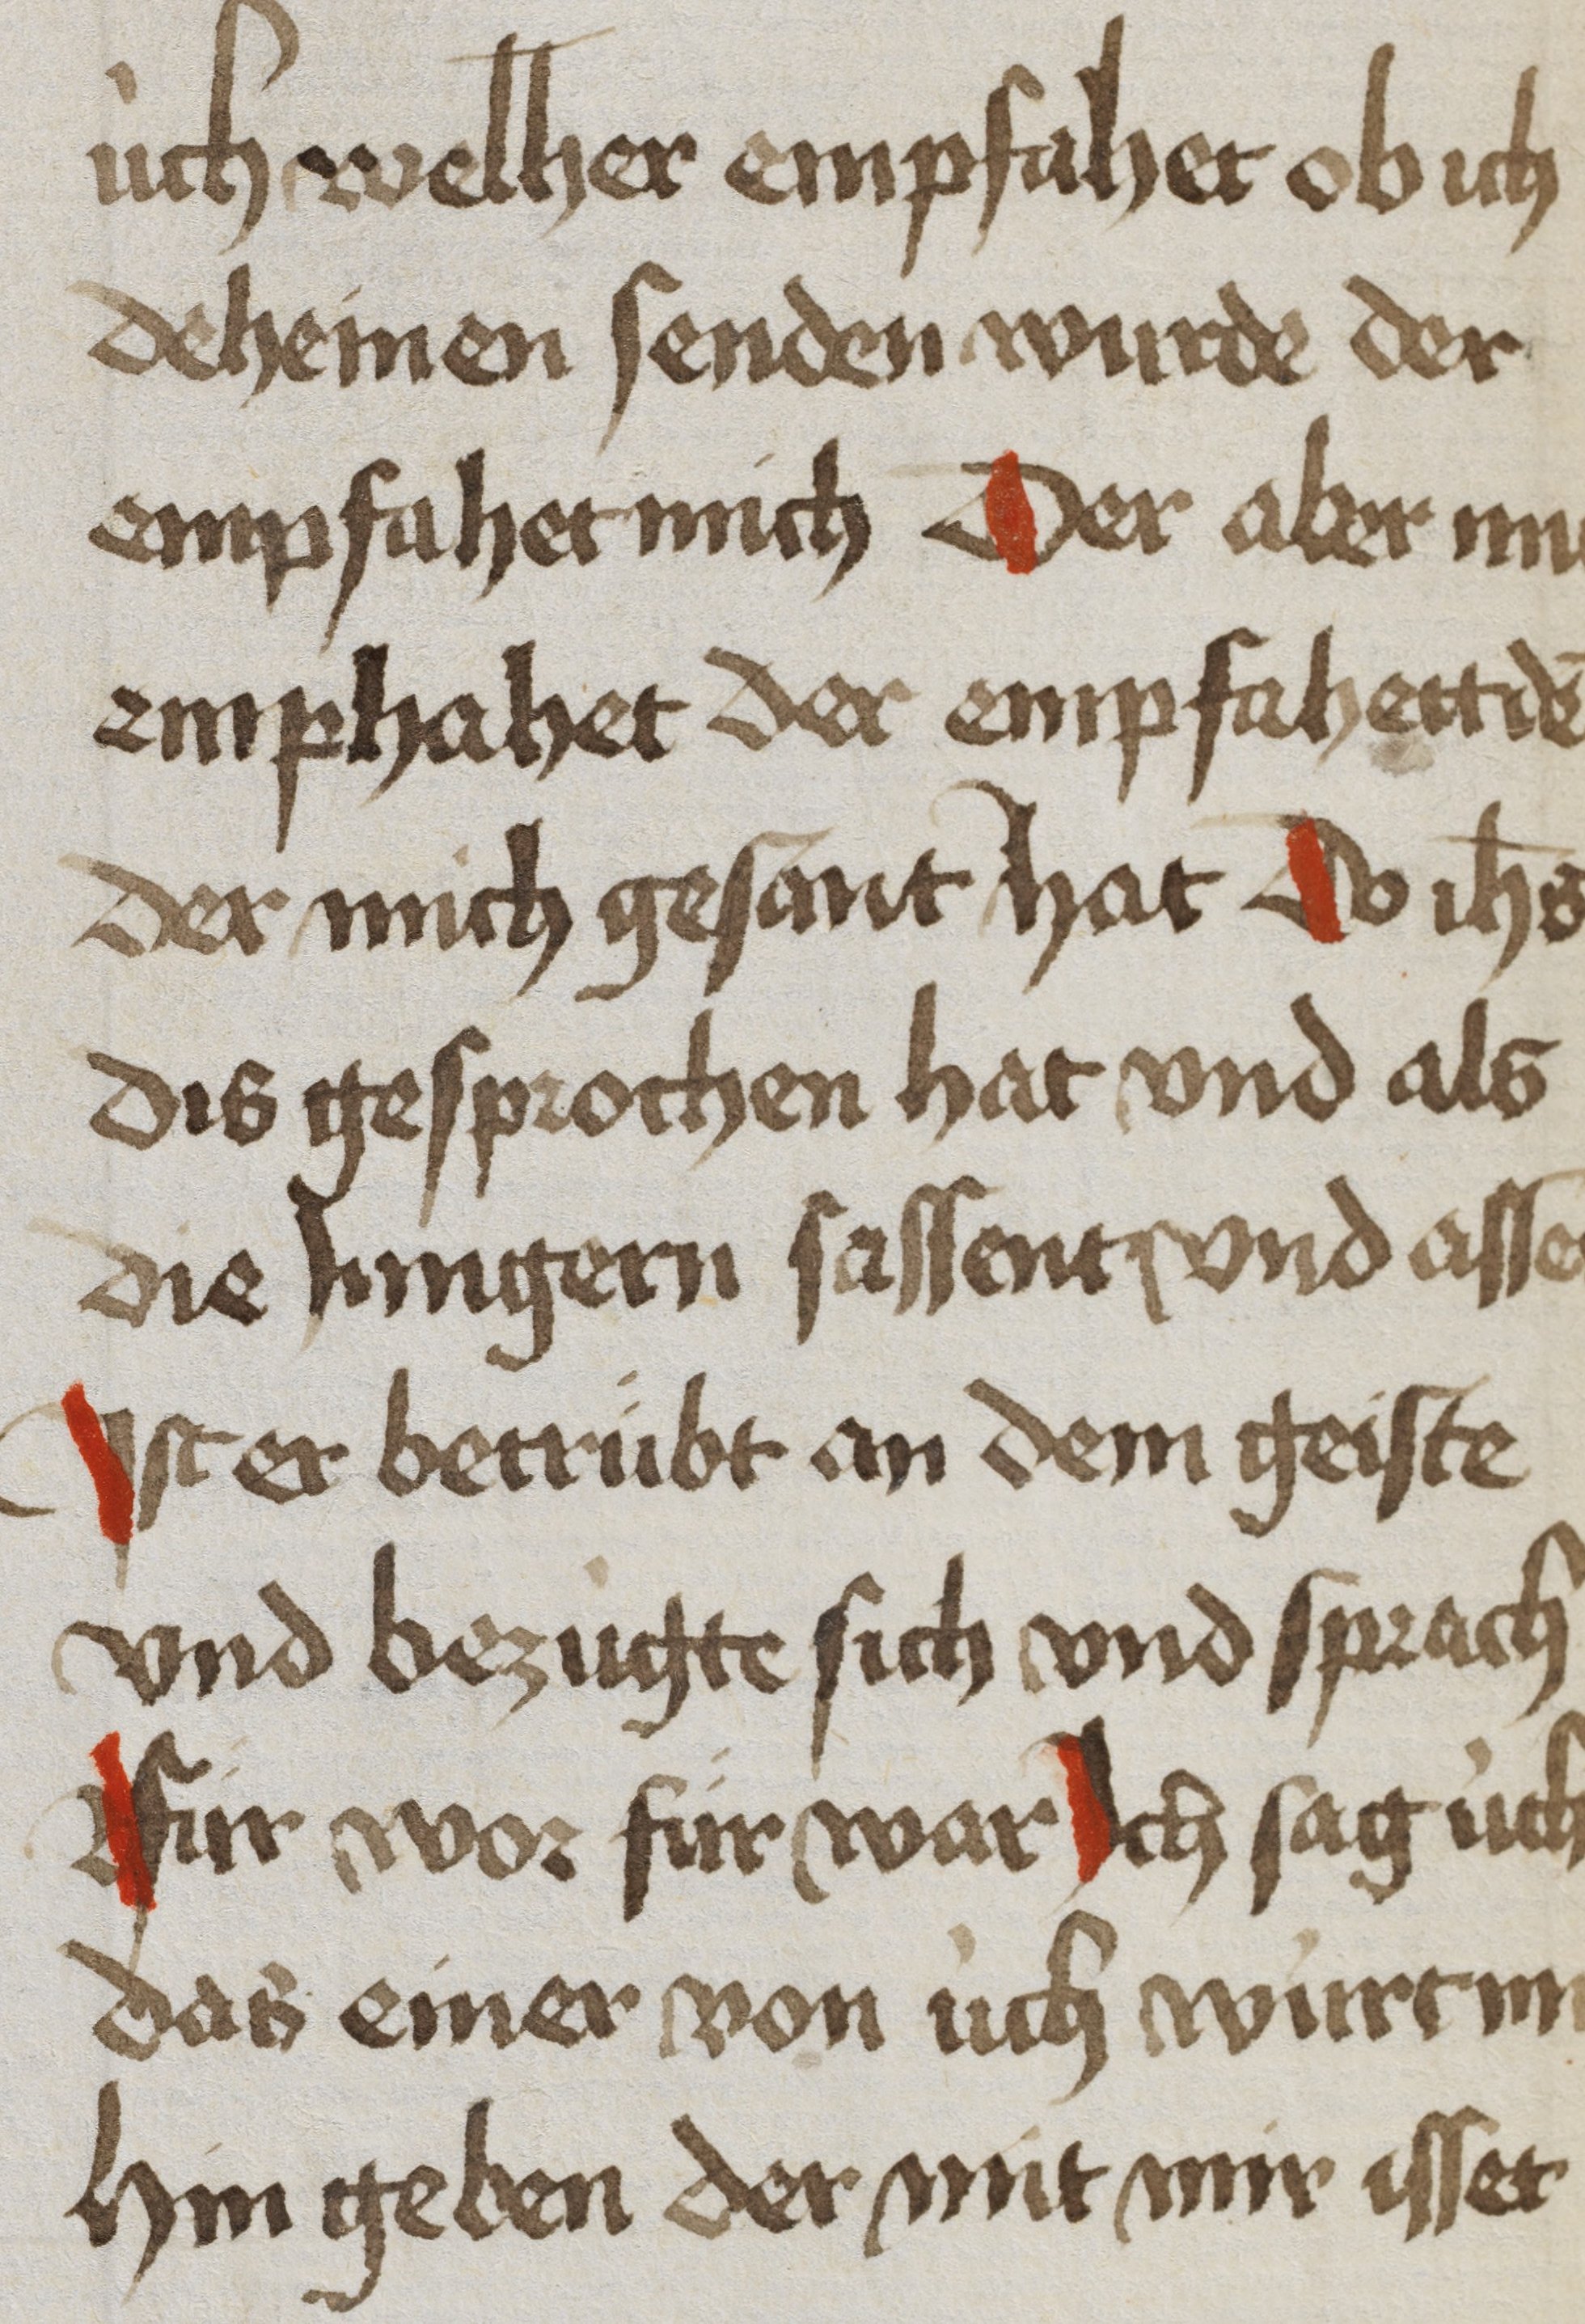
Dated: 1450–1499